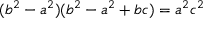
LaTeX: \ ( b ^ { 2 } - a ^ { 2 } ) ( b ^ { 2 } - a ^ { 2 } + b c ) = a ^ { 2 } c ^ { 2 }